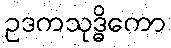
ဥဒကသုဒ္ဓိကော